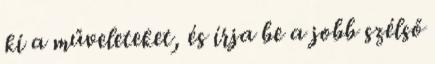
ki a műveleteket, és írja be a jobb szélső